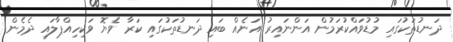
ދަނޑުތަކުގައި މުޑުވައްކުރަމުން އަންނައިރު އަނެއް ބައި ދަނޑުތަކުގައި ކަރާ ވެޔޮ ވަކިހިއްޕާލައި ދެމެން